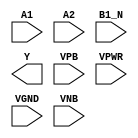
/**
 * Copyright 2020 The SkyWater PDK Authors
 *
 * Licensed under the Apache License, Version 2.0 (the "License");
 * you may not use this file except in compliance with the License.
 * You may obtain a copy of the License at
 *
 *     https://www.apache.org/licenses/LICENSE-2.0
 *
 * Unless required by applicable law or agreed to in writing, software
 * distributed under the License is distributed on an "AS IS" BASIS,
 * WITHOUT WARRANTIES OR CONDITIONS OF ANY KIND, either express or implied.
 * See the License for the specific language governing permissions and
 * limitations under the License.
 *
 * SPDX-License-Identifier: Apache-2.0
 */

`ifndef SKY130_FD_SC_LS__O21BAI_PP_SYMBOL_V
`define SKY130_FD_SC_LS__O21BAI_PP_SYMBOL_V

/**
 * o21bai: 2-input OR into first input of 2-input NAND, 2nd iput
 *         inverted.
 *
 *         Y = !((A1 | A2) & !B1_N)
 *
 * Verilog stub (with power pins) for graphical symbol definition
 * generation.
 *
 * WARNING: This file is autogenerated, do not modify directly!
 */

`timescale 1ns / 1ps
`default_nettype none

(* blackbox *)
module sky130_fd_sc_ls__o21bai (
    //# {{data|Data Signals}}
    input  A1  ,
    input  A2  ,
    input  B1_N,
    output Y   ,

    //# {{power|Power}}
    input  VPB ,
    input  VPWR,
    input  VGND,
    input  VNB
);
endmodule

`default_nettype wire
`endif  // SKY130_FD_SC_LS__O21BAI_PP_SYMBOL_V